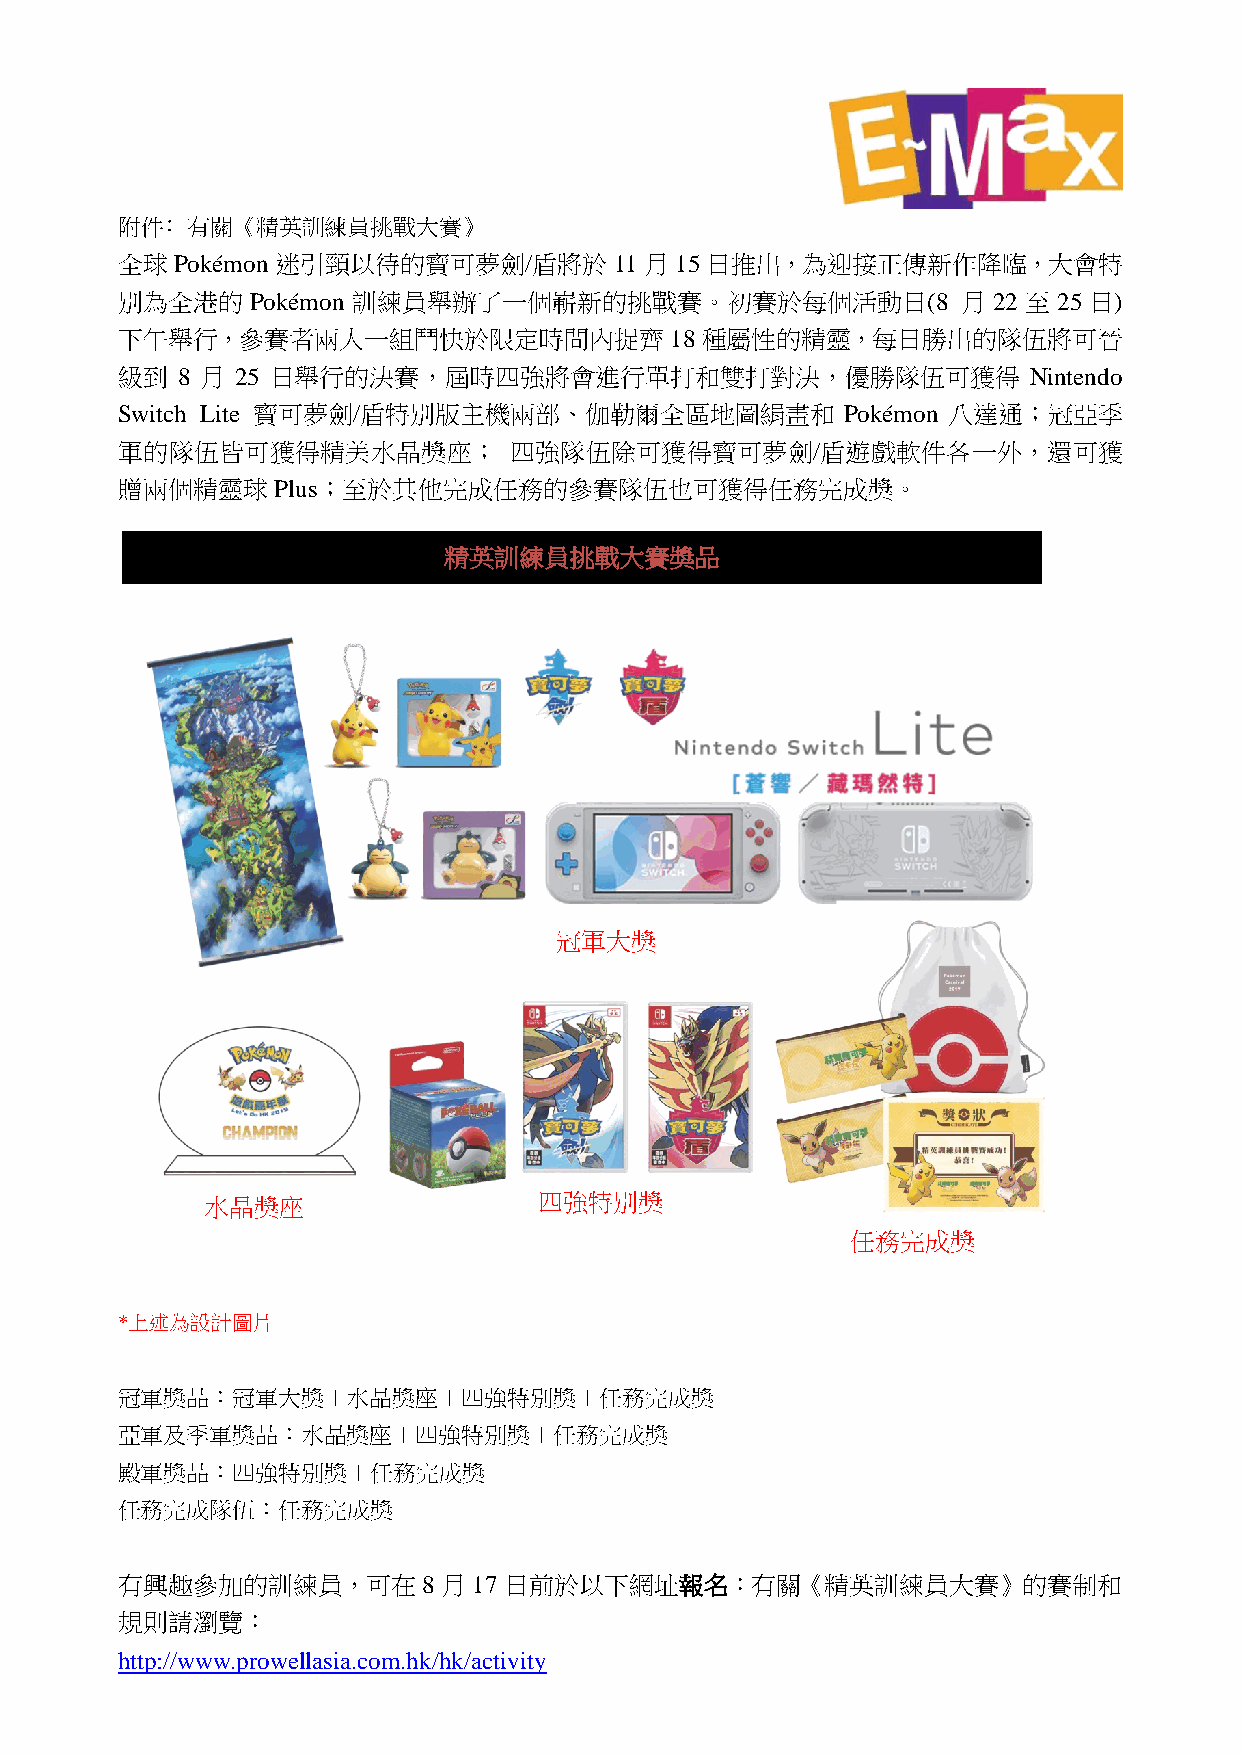
附件﹕有關《精英訓練員挑戰大賽》
 全球Pokémon迷引頸以待的寶可夢劍/盾將於11月15日推出，為迎接正傳新作降臨，大會特
 別為全港的    Pokémon 訓練員舉辦了一個嶄新的挑戰賽。初賽於每個活動日(8              月 22 至 25 日)
 下午舉行，參賽者兩人一組鬥快於限定時間內捉齊18種屬性的精靈，每日勝出的隊伍將可晉
 級到  8 月 25 日舉行的決賽，屆時四強將會進行單打和雙打對決，優勝隊伍可獲得                   Nintendo
 Switch Lite 寶可夢劍/盾特別版主機兩部、伽勒爾全區地圖絹畫和            Pokémon 八達通；冠亞季
 軍的隊伍皆可獲得精美水晶獎座；           四強隊伍除可獲得寶可夢劍/盾遊戲軟件各一外，還可獲
 贈兩個精靈球Plus；至於其他完成任務的參賽隊伍也可獲得任務完成獎。
 精英訓練員挑戰大賽獎品
 冠軍大獎
 水晶獎座                  四強特別獎
 任務完成獎
 *上述為設計圖片
 冠軍獎品：冠軍大獎＋水晶獎座＋四強特別獎＋任務完成獎
 亞軍及季軍獎品：水晶獎座＋四強特別獎＋任務完成獎
 殿軍獎品：四強特別獎＋任務完成獎
 任務完成隊伍：任務完成獎
 有興趣參加的訓練員，可在8月17日前於以下網址報名：有關《精英訓練員大賽》的賽制和
 規則請瀏覽：
 http://www.prowellasia.com.hk/hk/activity